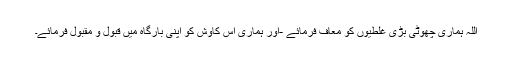
اللہ ہماری چھوٹی بڑی غلطیوں کو معاف فرمائے -اور ہماری اس کاوش کو اپنی بارگاہ میں قبول و مقبول فرمائے۔